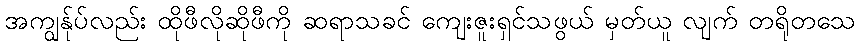
အကျွန်ုပ်လည်း ထိုဖီလိုဆိုဖီကို ဆရာသခင် ကျေးဇူးရှင်သဖွယ် မှတ်ယူ လျက် တရိုတသေ